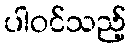
ပါဝင်သည့်